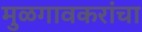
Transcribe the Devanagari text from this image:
मुळगावकरांचा